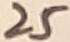
Text: 25